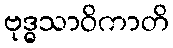
ဗုဒ္ဓသာဝိကာတိ